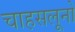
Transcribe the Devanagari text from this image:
चाहसलूनो